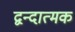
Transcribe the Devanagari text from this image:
द्वन्दात्मक